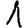
Digit: 1